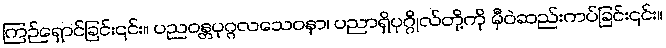
ကြဉ်ရှောင်ခြင်း၎င်း။ ပညဝန္တပုဂ္ဂလသေဝနာ၊ ပညာရှိပုဂ္ဂိုလ်တို့ကို မှီဝဲဆည်းကပ်ခြင်း၎င်း။